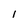
Character: 1